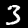
Digit: 3